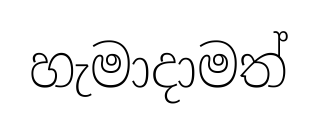
හැමාදාමත්